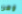
وهن